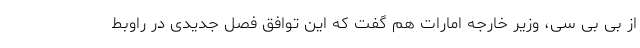
از بی بی سی، وزیر خارجه امارات هم گفت که این توافق فصل جدیدی در راوبط